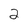
Character: 2